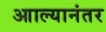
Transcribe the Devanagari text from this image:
आाल्यानंतर